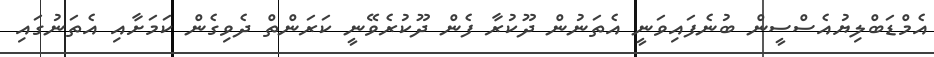
އެމްޑަބްލިޔުއެސްސީން ބުނެފައިވަނީ އެތަނުން ދޫކުރާ ފެން ދޫކުރެވޭނީ ކަރަންތް ދެވިގެން ކަމަށާއި އެތަނުގައި